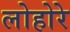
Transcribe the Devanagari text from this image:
लोहोरे